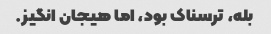
بله، ترسناک بود، اما هیجان انگیز.